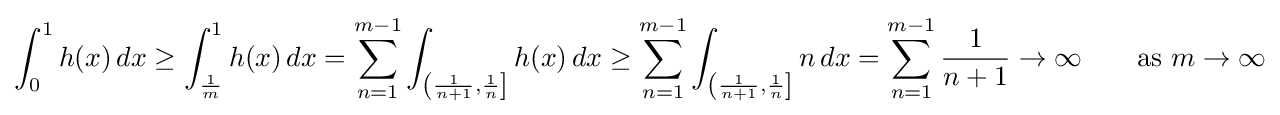
\int _{0}^{1}h(x)\,dx\geq \int _{\frac {1}{m}}^{1}{h(x)\,dx}=\sum _{n=1}^{m-1}\int _{\left({\frac {1}{n+1}},{\frac {1}{n}}\right]}{h(x)\,dx}\geq \sum _{n=1}^{m-1}\int _{\left({\frac {1}{n+1}},{\frac {1}{n}}\right]}{n\,dx}=\sum _{n=1}^{m-1}{\frac {1}{n+1}}\to \infty \qquad {\text{as }}m\to \infty